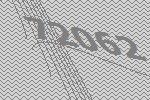
72062